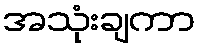
အသုံးချကာ